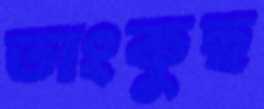
তাংকুছ